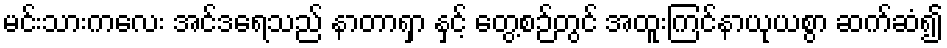
မင်းသားကလေး အင်ဒရေသည် နာတာရှာ နှင့် တွေ့စဉ်တွင် အထူးကြင်နာယုယစွာ ဆက်ဆံ၍